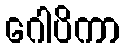
ဂေါပိကာ